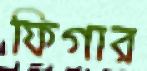
ফিগার